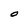
Character: O